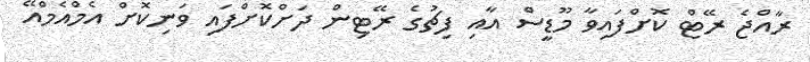
ރާއްޖެ ރޭޓް ކޮށްފައިވާ މޫޑީސް އާއި ފިޗުގެ ރޭޓިން ދަށްކޮށްފައި ވަނިކޮށް އެމްއެމްއޭ